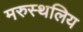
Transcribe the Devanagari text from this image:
मरुस्थलिय